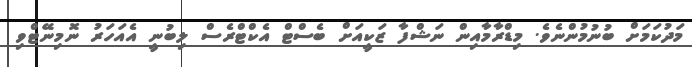
މަދުކަމަށް ބުނުމުންނެވެ. މިޑްރާމާއިން ނަޝްފާ ޒަކީއަށް ބެސްޓް އެކްޓްރެސް ލިބުނީ އެއަހަރު ނޮމިނޭޓްވި